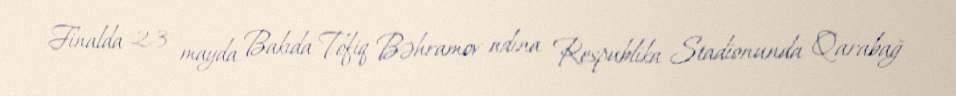
Finalda 23 mayda Bakıda Tofiq Bəhramov adına Respublika Stadionunda Qarabağ